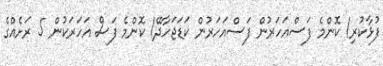
ފުޅާކުރި! ކޮންމެ ފަސްއަހަރުން ފަސްއަހަރުން ކަޑަޖަހާދޭ! ކޮންމެ ފަސް އަހަރަކުން 5 ރަށެއްގެ